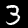
Label: 3